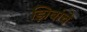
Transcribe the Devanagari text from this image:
झिबांचे